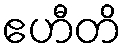
ဧဟီတိ